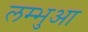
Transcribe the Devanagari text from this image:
लम्‍भुआ